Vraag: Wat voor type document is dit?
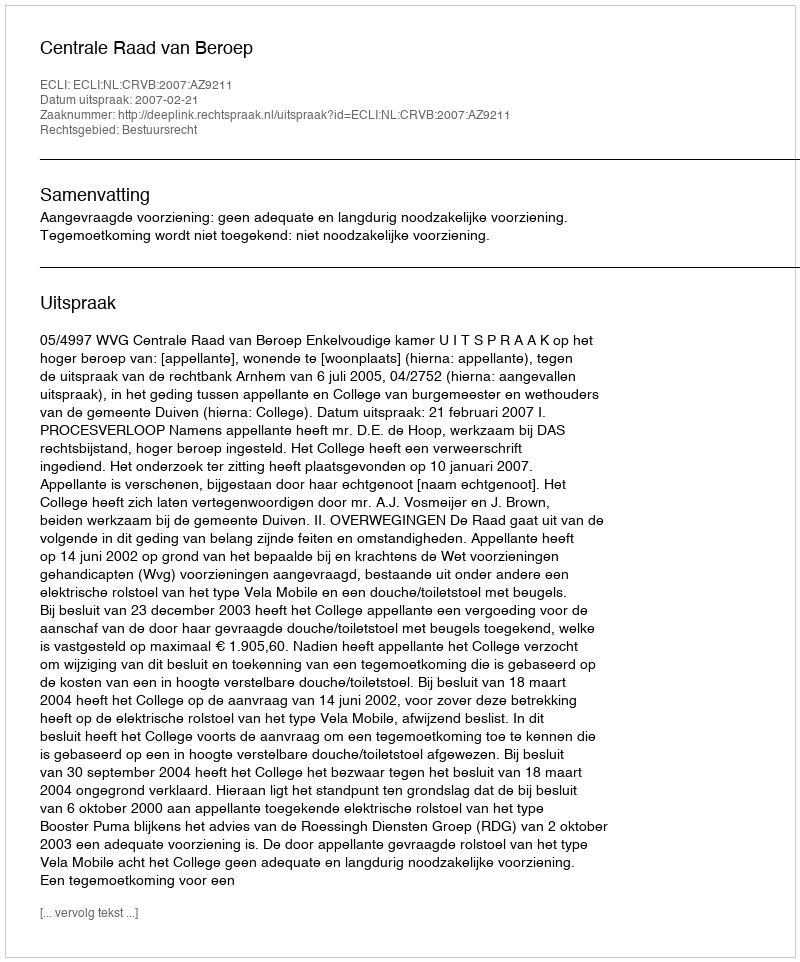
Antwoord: Uitspraak